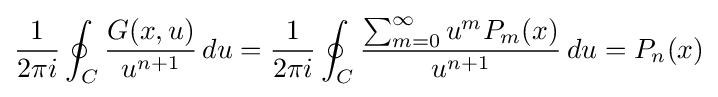
{\frac {1}{2\pi i}}\oint _{C}{\frac {G(x,u)}{u^{n+1}}}\,du={\frac {1}{2\pi i}}\oint _{C}{\frac {\sum _{m=0}^{\infty }u^{m}P_{m}(x)}{u^{n+1}}}\,du=P_{n}(x)